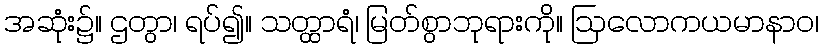
အဆုံး၌။ ဌတွာ၊ ရပ်၍။ သတ္ထာရံ၊ မြတ်စွာဘုရားကို။ ဩလောကယမာနာဝ၊